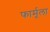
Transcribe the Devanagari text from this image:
फार्मूला़